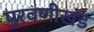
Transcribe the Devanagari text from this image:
पुरवणीखंड